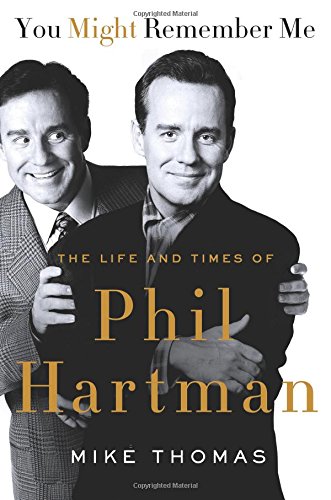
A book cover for You Might Remember Me: The Life and Times of Phil Hartman; Mike Thomas; Humor & Entertainment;